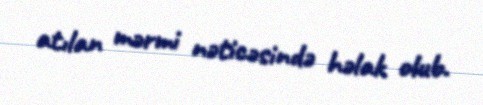
atılan mərmi nəticəsində həlak olub.